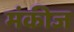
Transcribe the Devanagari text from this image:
मंकीज